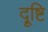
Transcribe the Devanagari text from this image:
दॄ्ष्टि